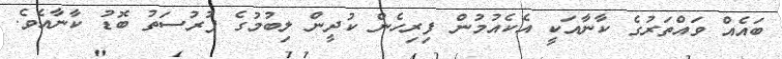
ބައެއް ވައްތަރުގެ ކާނާއަކީ އެކެއުމުން ފިރިހެން ކުދީން ލިބުމުގެ ފުރުސަތު ބޮޑު ކާނާއެވެ.